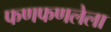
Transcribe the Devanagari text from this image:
फणफणलेला